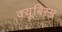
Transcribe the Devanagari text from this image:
क्यूबिस्म